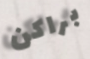
براكن